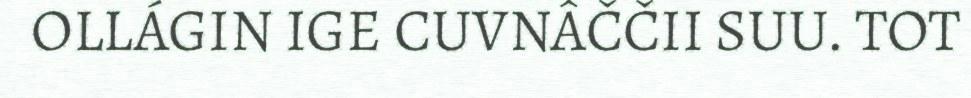
OLLÁGIN IGE CUVNÂČČII SUU. TOT